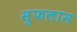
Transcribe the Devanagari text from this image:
सुफलाम